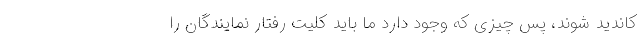
کاندید شوند، پس چیزی که وجود دارد ما باید کلیت رفتار نمایندگان را